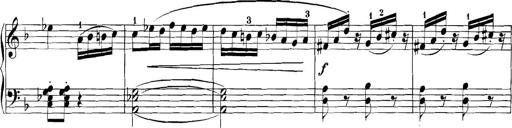
Title: 3 Sonatinas
Composer: Carl Reinecke